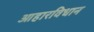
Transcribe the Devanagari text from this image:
आहारविधान